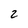
Character: 2